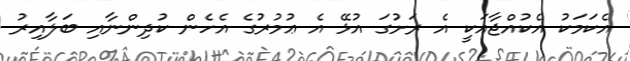
އެކަމަކު އެކުއްޖާއަކީ އެ ރަށުގަ އުޅޭ އެ ޢުމުރުގެ އެހެން ކުދިންނާއި ބަލާއިރު